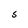
Character: S